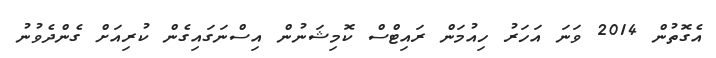
އެގޮތުން 2014 ވަނަ އަހަރު ހިއުމަން ރައިޓްސް ކޮމިޝަނުން އިސްނަގައިގެން ކުރިއަށް ގެންދެވުނު